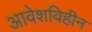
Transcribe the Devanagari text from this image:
आवेशविहीन